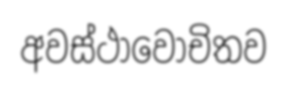
අවස්ථාවෝචිතව